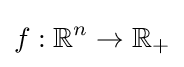
f:\mathbb {R} ^{n}\to \mathbb {R} _{+}